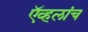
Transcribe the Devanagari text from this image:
ऍव्हलांच